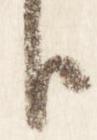
臣